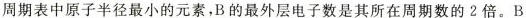
周期表中原子半径最小的元素，B的最外层电子数是其所在周期数的2倍。B